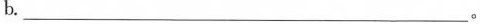
b.___。